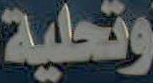
وتحلية